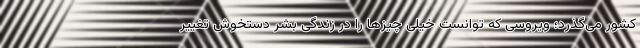
کشور می‌گذرد؛ ویروسی که توانست خیلی چیزها را در زندگی بشر دستخوش تغییر